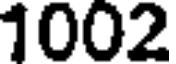
1002